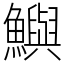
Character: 鱮